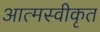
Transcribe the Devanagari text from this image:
आत्‍मस्‍वीकृत